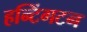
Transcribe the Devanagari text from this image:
हन्टिंगटन